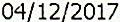
04/12/2017